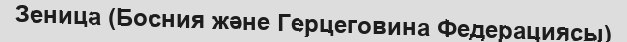
Зеница (Босния және Герцеговина Федерациясы)